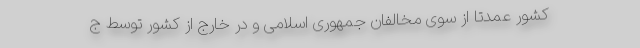
کشور عمدتاً از سوی مخالفان جمهوری اسلامی و در خارج از کشور توسط ج